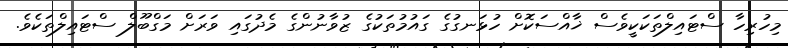
މިހުރިހާ ސްޓައިލްތަކަކީވެސް ޚާއްސަކޮށް ހުޅަނގުގެ ގައުމުތަކުގެ ޒުވާނުންގެ މެދުގައި ވަރަށް މަގްބޫލް ސްޓައިލްތަކެވެ.